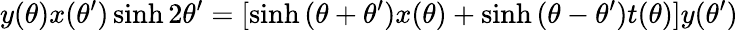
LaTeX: y(\theta)x(\theta^{\prime})\sinh 2\theta^{\prime}=[\sinh{(\theta+\theta^{\prime})}x(\theta)+\sinh{(\theta-\theta^{\prime})}t(\theta)]y(\theta^{\prime})